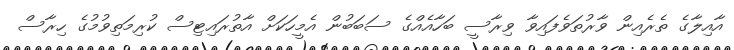
އާއިލާގެ ތެރެއިން ވާރުތަވެފައިވާ ވިރާސީ ބަހާއެއްގެ ސަބަބުން އެމީހަކަށް އާތުރައިޓިސް ކުރިމަތިވުމުގެ ހިރާސް